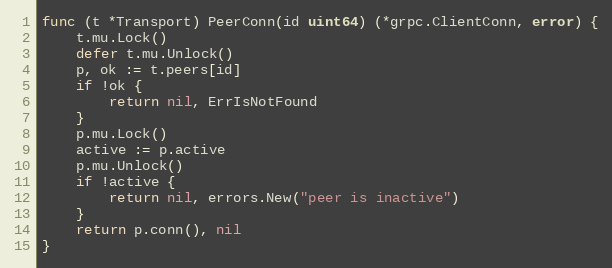
Language: Go
func (t *Transport) PeerConn(id uint64) (*grpc.ClientConn, error) {
	t.mu.Lock()
	defer t.mu.Unlock()
	p, ok := t.peers[id]
	if !ok {
		return nil, ErrIsNotFound
	}
	p.mu.Lock()
	active := p.active
	p.mu.Unlock()
	if !active {
		return nil, errors.New("peer is inactive")
	}
	return p.conn(), nil
}